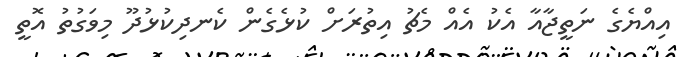
އިއްޔެގެ ނަތީޖާއާ އެކު އެއް މެޗު އިތުރަށް ކުޅެގެން ކެނދިކުޅުދޫ މިވަގުތު އޮތީ